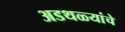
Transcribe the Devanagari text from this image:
अडथळ्यांचे